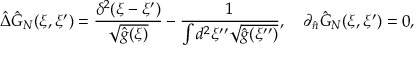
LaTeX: \hat { \Delta } { \hat { G } _ { N } } ( \xi , \xi ^ { \prime } ) = { \frac { { \delta ^ { 2 } } ( \xi - \xi ^ { \prime } ) } { \sqrt { \hat { g } ( \xi ) } } } - { \frac { 1 } { \int { d ^ { 2 } } \xi ^ { \prime \prime } \sqrt { \hat { g } ( \xi ^ { \prime \prime } ) } } } , \quad { \partial _ { \hat { n } } } { \hat { G } _ { N } } ( \xi , \xi ^ { \prime } ) = 0 ,